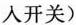
人开关)